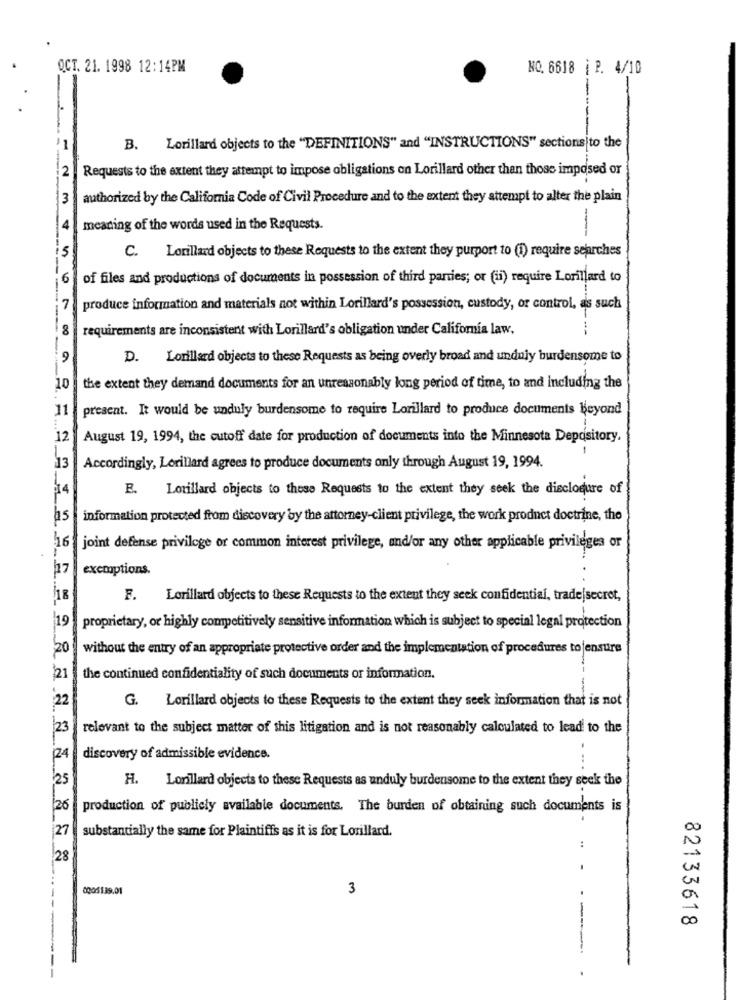
OCT. 21. 1998 12:14PM
NO. 6618 | P. 4/10
-
B. Lorillard objects to the "DEFINITIONS" and "INSTRUCTIONS" sections to the
2
---
Requests to the extent they attempt to impose obligations on Lorillard other than those imposed or
3
authorized by the California Code of Civil Procedure and to the extent they attempt to alter the plain
4
meaning of the words used in the Requests.
is
C. Lorillard objects to these Requests to the extent they purport to (1) require searches
6
of files and productions of documents in possession of third parties; or (ii) require Lorillard to
7
produce information and materials not within Lorillard's possession, custody, or control, as such
8
requirements are inconsistent with Lorillard's obligation under California law.
9
D. Lorillard objects to these Requests as being overly broad and unduly burdensome to
10
the extent they demand documents for an unreasonably long period of time, to and including the
11
present. It would be unduly burdensome to require Lorillard to produce documents Beyond
12
August 19, 1994, the cutoff date for production of documents into the Minnesota Depository.
13
Accordingly, Lorillard agrees to produce documents only through August 19, 1994.
E. Lorillard objects to these Requests to the extent they seek the disclosure of
information protected from discovery by the attorney-client privilege, the work product doctrine, the
16
joint defense privilege or common interest privilege, and/or any other applicable privileges or
17
exemptions.
18
F. Lorillard objects to these Requests to the extent they seek confidential, trade secret,
19
proprietary, or highly competitively sensitive information which is subject to special legal protection
20
without the entry of an appropriate protective order and the implementation of procedures to jensure
21
the continued confidentiality of such documents or information.
22
G. Lorillard objects to these Requests to the extent they seek information that is not
23
relevant to the subject matter of this litigation and is not reasonably calculated to lead to the
24
discovery of admissible evidence.
25
H. Lonillard objects to these Requests as unduly burdensome to the extent they seek the
26
production of publicly available documents. The burden of obtaining such documents is
27
substantially the same for Plaintiffs as it is for Lorillard.
28
0006139.01
3
82133618